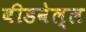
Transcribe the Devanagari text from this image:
बीडवेल्ल